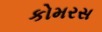
કોમરસ